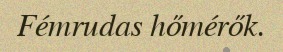
Fémrudas hőmérők.